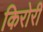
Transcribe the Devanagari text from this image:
किरोरी